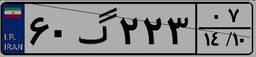
۶۰گ۲۲۳۰۷